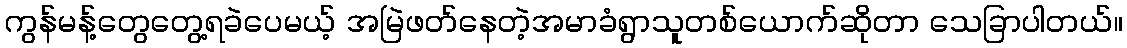
ကွန်မန့်တွေတွေ့ရခဲပေမယ့် အမြဲဖတ်နေတဲ့အမာခံရွာသူတစ်ယောက်ဆိုတာ သေခြာပါတယ်။